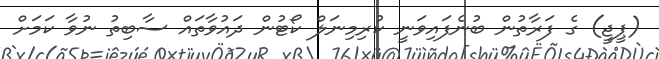
(ޕީޖީ) ގެ ފަރާތުން ބުނެފައިވަނީ ކުރިމިނަލް ކޯޓުން ދައުވާތައް ސާބިތު ނުވާ ކަމަށް